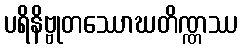
ပရိနိဗ္ဗုတဿောဃတိဏ္ဏဿ